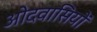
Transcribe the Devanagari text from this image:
ओदवासियों